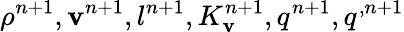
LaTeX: \rho^{n+1},\mathbf v^{n+1},l^{n+1},K_{\mathbf v}^{n+1},q^{n+1},q^{,n+1}